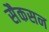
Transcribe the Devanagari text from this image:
सैकसन